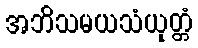
အဘိသမယသံယုတ္တံ